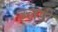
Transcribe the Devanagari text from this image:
उलड़ी